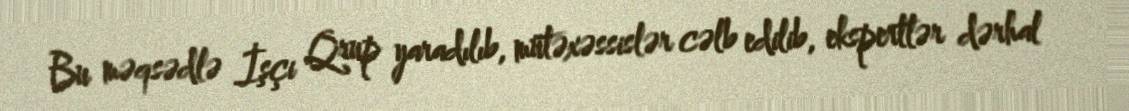
Bu məqsədlə İşçi Qrup yaradılıb, mütəxəssislər cəlb edilib, ekspertlər dərhal